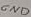
Text: GND